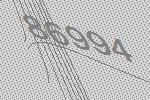
86994